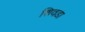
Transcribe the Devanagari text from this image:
शिवडा